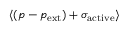
\langle ( p - p _ { \mathrm { e x t } } ) + \sigma _ { \mathrm { a c t i v e } } \rangle